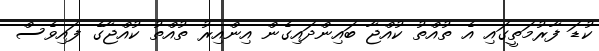
ކުޑަ ފާރުމަތީގައި އެ ތުއްތު ކުއްޖާ ބައިންދައިގެން އިންއިރު ތުއްތު ކުއްޖާގެ ފައިވެސް